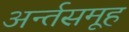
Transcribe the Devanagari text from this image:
अर्न्तसमूह